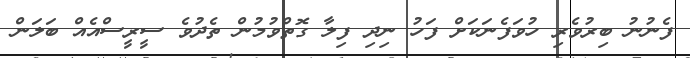
ފެނުނު ބިރުވެރި ހުވަފެނަކަށް ފަހު ނިދި ފިލާ ގޮތްވުމުން ތެދުވެ ސީރީސްއެއް ބަލަން